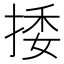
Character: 捼